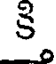
కి